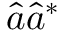
\hat { a } \hat { a } ^ { * }